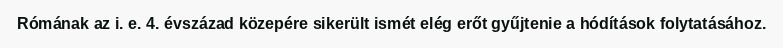
Rómának az i. e. 4. évszázad közepére sikerült ismét elég erőt gyűjtenie a hódítások folytatásához.